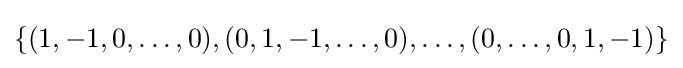
\{(1,-1,0,\ldots ,0),(0,1,-1,\ldots ,0),\ldots ,(0,\ldots ,0,1,-1)\}